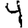
Digit: 9